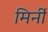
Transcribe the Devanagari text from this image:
मिर्नी